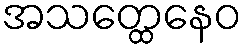
အသတ္ထေနေဝ